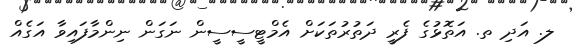
ލ. އަދި ތ. އަތޮޅުގެ ފެރީ ދަތުރުތަކަށް އެމްޓީސީސީން ނަގަން ނިންމާފައިވާ އަގެއް